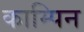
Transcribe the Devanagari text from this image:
काम्पिन